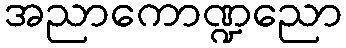
အညာကောဏ္ဍညော